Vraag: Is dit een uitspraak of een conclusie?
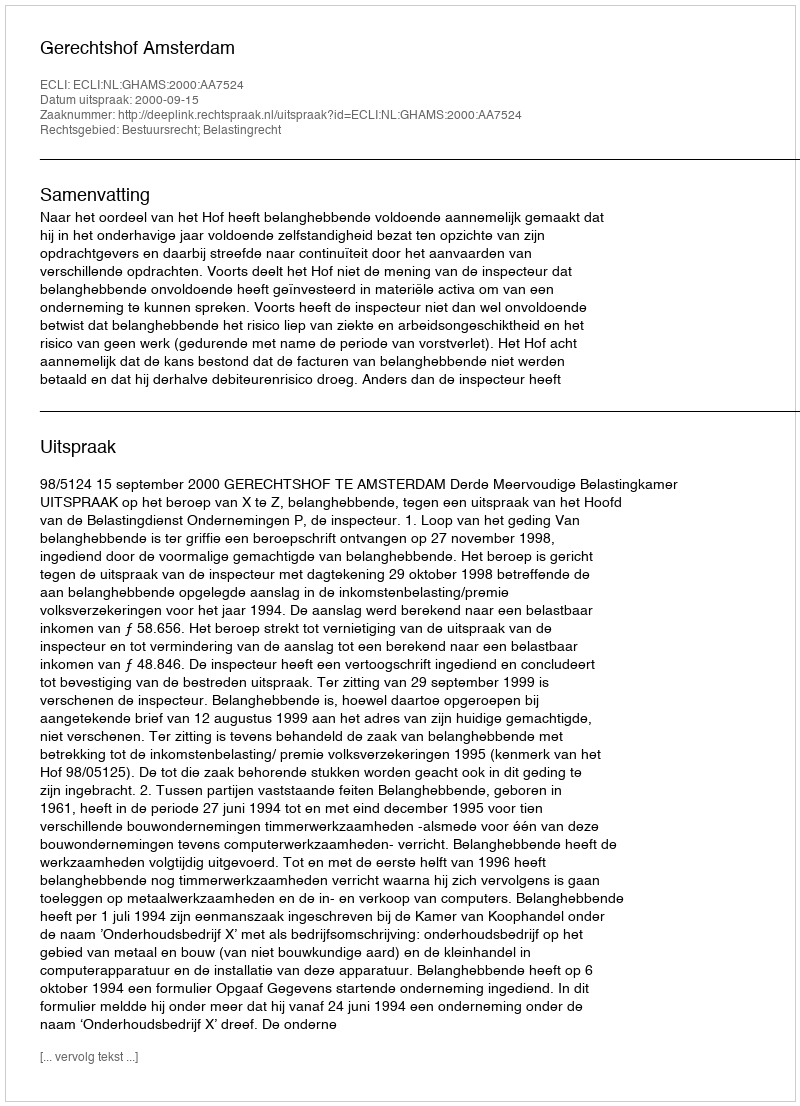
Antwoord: Uitspraak